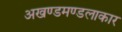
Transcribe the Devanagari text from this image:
अखण्डमण्डलाकार